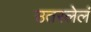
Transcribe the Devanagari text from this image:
उतरलेलं